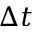
\Delta t